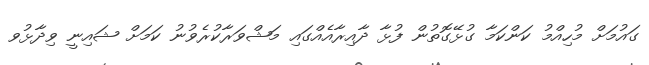
ގައުމަށް މުހިއްމު ކަންކަމާ ގުޅޭގޮތުން ފުޅާ ދާއިރާއެއްގައި މަޝްވަރާކުރެވުނު ކަމަށް ޝައިނީ ވިދާޅުވ